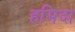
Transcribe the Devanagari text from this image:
हमिदा